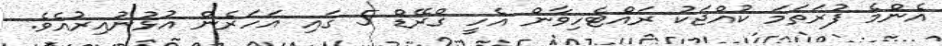
އެންމެ ފުރަތަމަ ކުއްޖަކު ރައްޓެހިވާން އެހީ ގްރޭޑް 5 ގައި އަހަރެން އުޅުނުއިރުއެވެ.